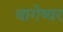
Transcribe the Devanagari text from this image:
बागेष्वर